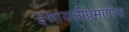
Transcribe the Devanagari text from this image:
इस्रायलींप्रमाणेच